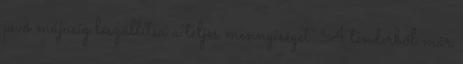
jövő májusig leszállítsa a teljes mennyiséget. A tenderből már